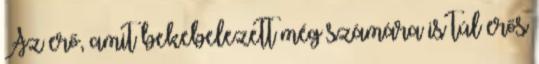
Az erő, amit bekebelezett még számára is túl erős